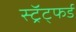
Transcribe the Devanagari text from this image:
स्ट्रॅट्फर्ड